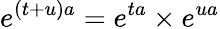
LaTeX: e^{(t+u)a}=e^{ta}\times e^{ua}